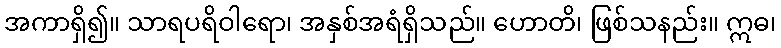
အကာရှိ၍။ သာရပရိဝါရော၊ အနှစ်အရံရှိသည်။ ဟောတိ၊ ဖြစ်သနည်း။ ဣဓ၊